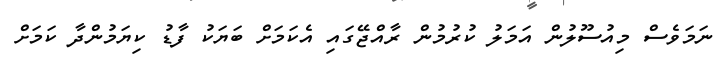
ނަމަވެސް މިއުސޫލުން އަމަލު ކުރުމުން ރާއްޖޭގައި އެކަމަށް ބަޔަކު ފާޑު ކިޔަމުންދާ ކަމަށް